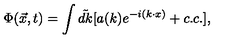
\Phi ( \vec { x } , t ) = \int \tilde { d k } [ a ( k ) e ^ { - i ( k \cdot x ) } + c . c . ] ,